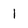
Character: 1